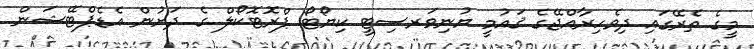
މީގެ ތެރޭގައި ދިވެހިރާއްޖޭގެ ޤައުމީ ޔުނިވަރސިޓީ ކިޔޯޓޯ ޕްރޮޓޮކޯލް ގެ ދަށުން އެޑެޕްޓޭޝަން